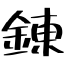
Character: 錬